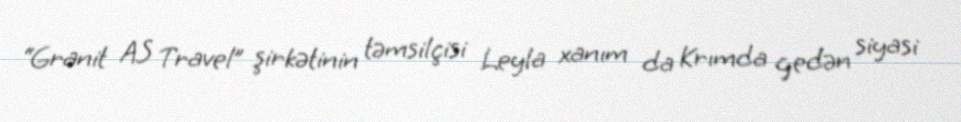
“Granit AS Travel” şirkətinin təmsilçisi Leyla xanım da Krımda gedən siyasi